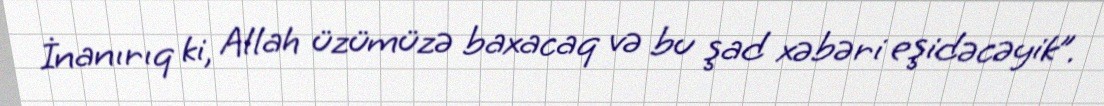
İnanırıq ki, Allah üzümüzə baxacaq və bu şad xəbəri eşidəcəyik”.